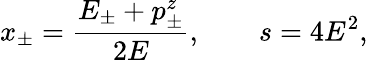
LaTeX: x_{\pm}=\frac{E_{\pm}+p_{\pm}^{z}}{2E},\qquad s=4E^{2},